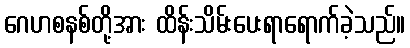
ဂေဟစနစ်တို့အား ထိန်းသိမ်းပေးရာရောက်ခဲ့သည်။